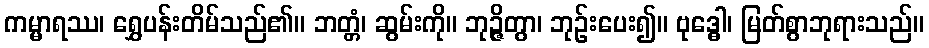
ကမ္မာရဿ၊ ရွှေပန်းတိမ်သည်၏။ ဘတ္တံ၊ ဆွမ်းကို။ ဘုဉ္ဇိတွာ၊ ဘုဉ်းပေး၍။ ဗုဒ္ဓေါ၊ မြတ်စွာဘုရားသည်။